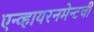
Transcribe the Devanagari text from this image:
एन्व्हायरनमेन्टची